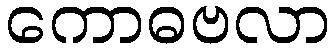
ကောဓဗလာ